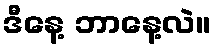
ဒီနေ့ ဘာနေ့လဲ။